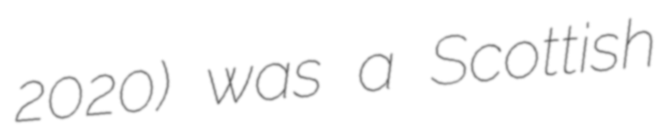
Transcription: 2020) was a Scottish